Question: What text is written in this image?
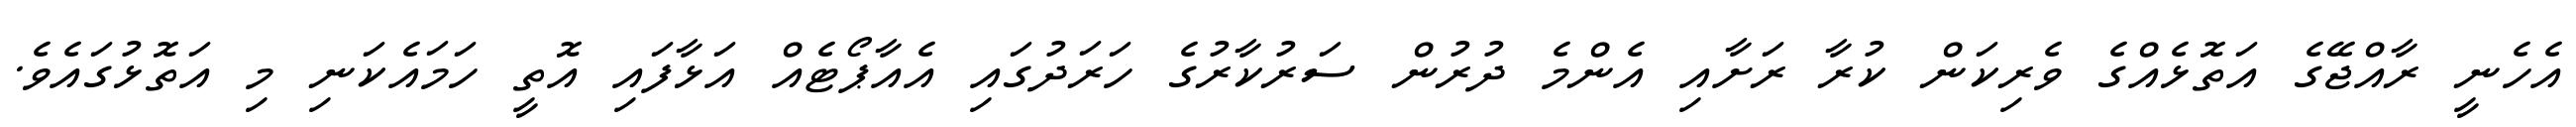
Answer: އެހެނީ ރާއްޖޭގެ އަތޮޅެއްގެ ވެރިކަން ކުރާ ރަށާއި އެންމެ ދުރުން ސަރުކާރުގެ ހަރަދުގައި އެއާޕޯޓެއް އަޅާފައި އޮތީ ހަމައެކަނި މި އަތޮޅުގައެވެ.